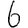
Digit: 6